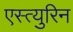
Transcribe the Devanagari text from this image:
एस्त्युरिन